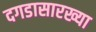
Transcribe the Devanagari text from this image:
दगडासारख्या